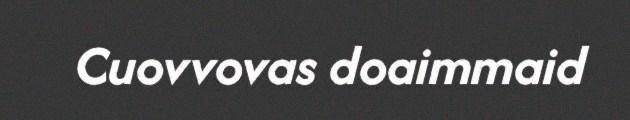
Cuovvovas doaimmaid